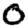
Digit: 0